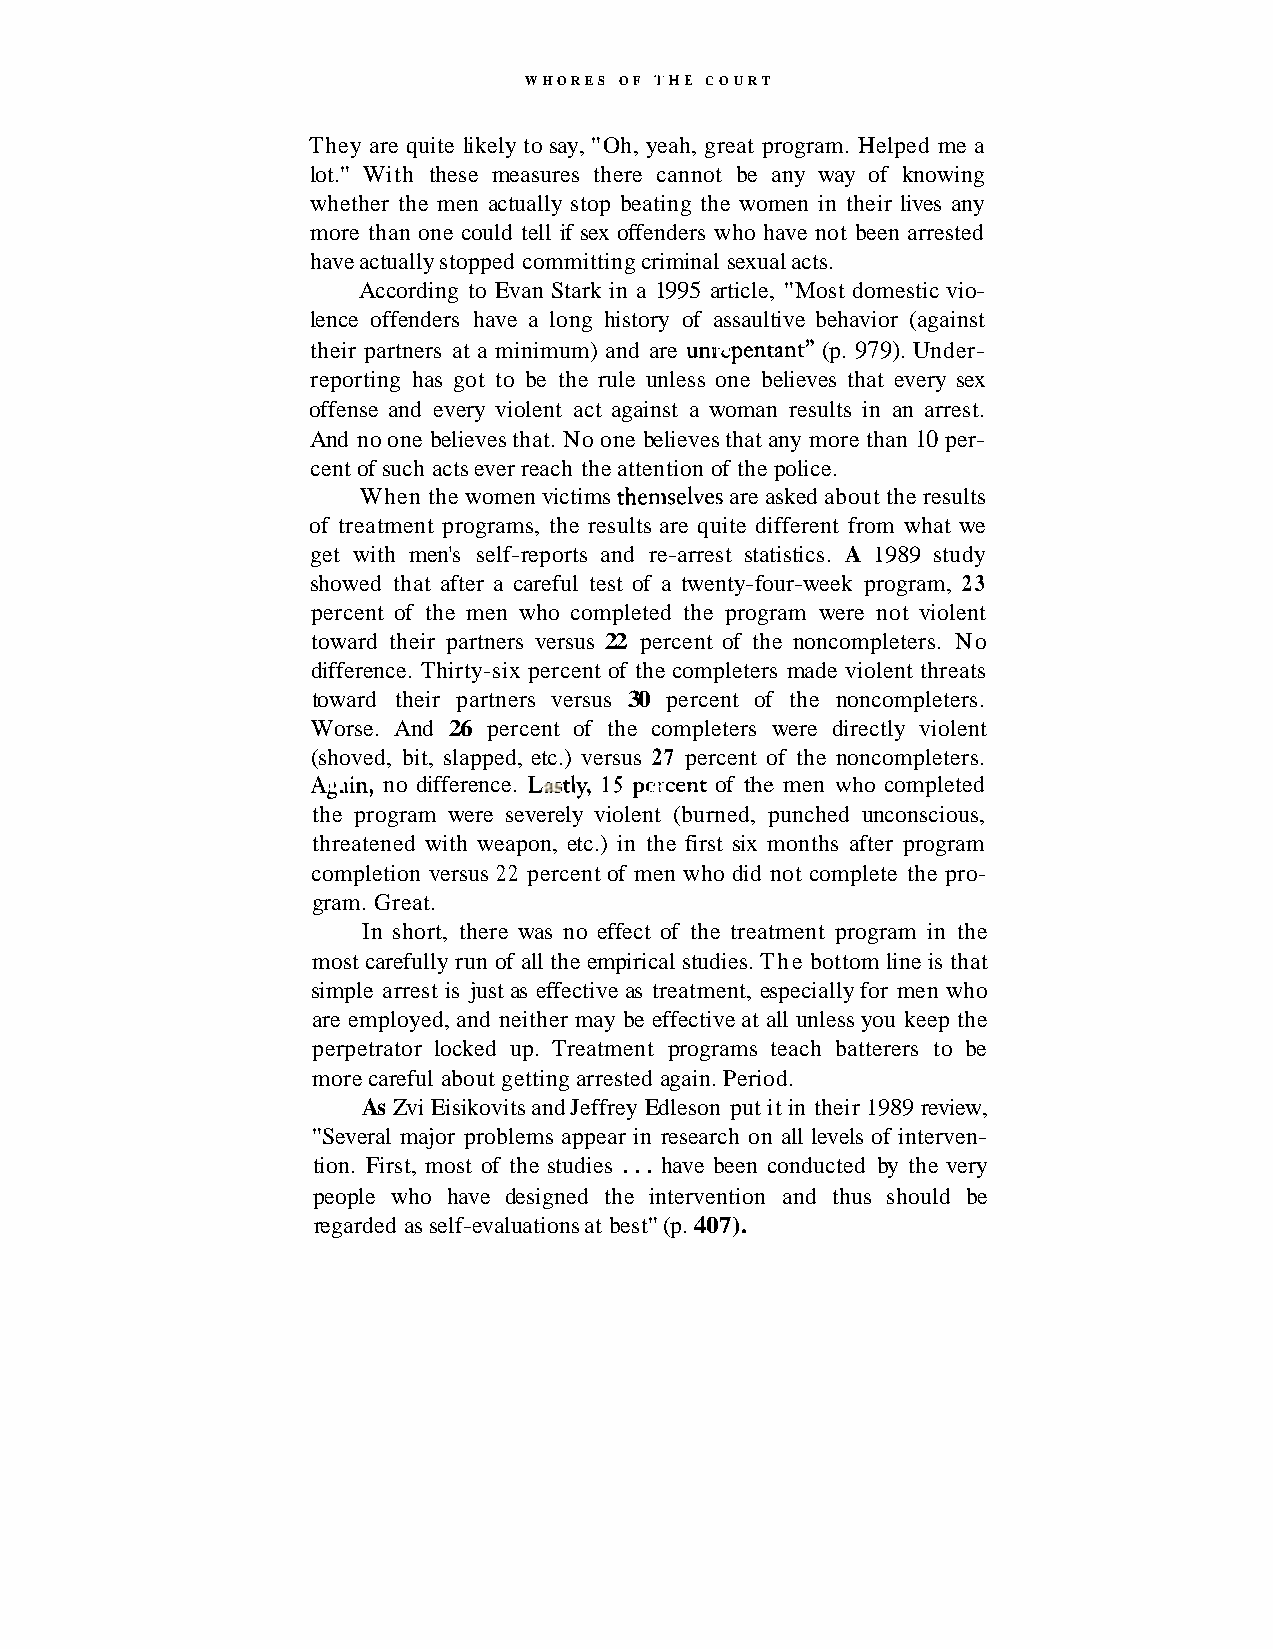
WHORES OF 1'HE COURT
 They are quite likely to say, "Oh, yeah, great program. Helped me a
 lot." With these measures there cannot be any way of knowing
 whether the men actually stop beating the women in their lives any
 more than one could tell if sex offenders who have not been arrested
 have actually stopped committing criminal sexual acts.
 According to Evan Stark in a 1995 article, "Most domestic vio-
 lence offenders have a long history of assaultive behavior (against
 their partners at a minimum) and are unn-cpentant7'( p. 979). Under-
 reporting has got to be the rule unless one believes that every sex
 offense and every violent act against a woman results in an arrest.
 And no one believes that. No one believes that any more than 10 per-
 cent of such acts ever reach the attention of the police.
 When the women victims thenlselves are asked about the results
 of treatment programs, the results are quite different from what we
 get with men's self-reports and re-arrest statistics. A 1989 study
 showed that after a careful test of a twenty-four-week program, 23
 percent of the men who completed the program were not violent
 toward their partners versus 22 percent of the noncompleters. No
 difference. Thirty-six percent of the completers made violent threats
 toward their partners versus 30 percent of the noncompleters.
 Worse. And 26 percent of the completers were directly violent
 (shoved, bit, slapped, etc.) versus 27 percent of the noncompleters.
 Ag~inn, o difference. L3_;tly,I S pcxent of the men who completed
 the program were severely violent (burned, punched unconscious,
 threatened with weapon, etc.) in the first six months after program
 completion versus 22 percent of men who did not complete the pro-
 gram. Great.
 In short, there was no effect of the treatment program in the
 most carefully run of all the empirical studies. The bottom line is that
 simple arrest is just as effective as treatment, especially for men who
 are employed, and neither may be effective at all unless you keep the
 perpetrator locked up. Treatment programs teach batterers to be
 more careful about getting arrested again. Period.
 As Zvi Eisikovits and Jeffrey Edleson put it in their 1989 review,
 "Several major problems appear in research on all levels of interven-
 tion. First, most of the studies . . . have been conducted by the very
 people who have designed the intervention and thus should be
 regarded as self-evaluations at best" (p. 407).